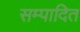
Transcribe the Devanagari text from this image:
सम्‍पादित